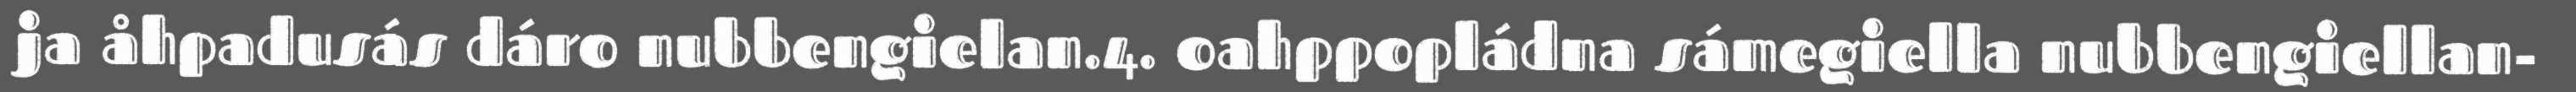
ja åhpadusás dáro nubbengielan.4. oahppopládna sámegiella nubbengiellan-